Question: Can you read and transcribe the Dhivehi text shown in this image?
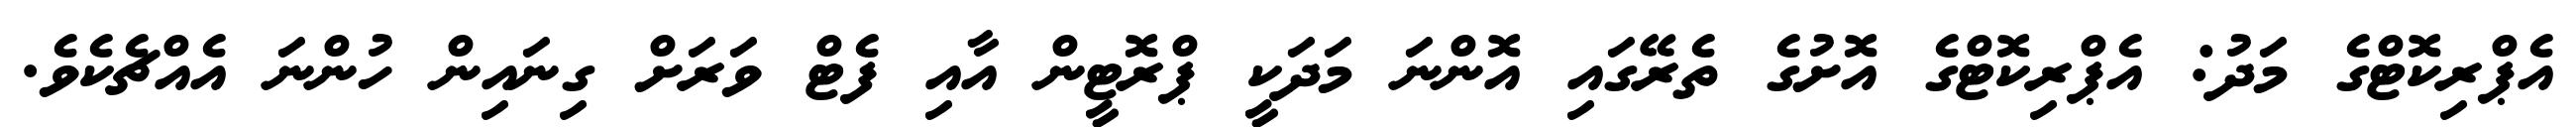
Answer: އެޕްރިކޮޓްގެ މަދު: އެޕްރިކޮޓްގެ އޮށުގެ ތެރޭގައި އޮންނަ މަދަކީ ޕްރޮޓީން އާއި ފެޓް ވަރަށް ގިނައިން ހުންނަ އެއްޗެކެވެ.